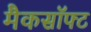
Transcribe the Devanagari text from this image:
मैकसॉफ्ट